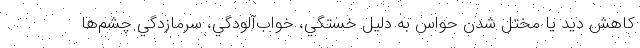
كاهش ديد يا مختل شدن حواس به دليل خستگي، خواب‌آلودگي، سرمازدگي چشم‌ها